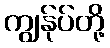
ကျွန်ုပ်တို့